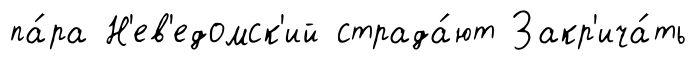
па́ра Н'ев'едомск'ий страда́ют Закр'ича́ть